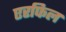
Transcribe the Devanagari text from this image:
एरफिल